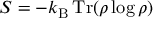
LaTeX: S = - k _ { \mathrm { B } } \operatorname { T r } ( \rho \log \rho )